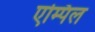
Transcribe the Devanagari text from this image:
एम्पिल